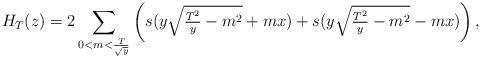
LaTeX: \begin{align*}H_T(z)=2\sum_{0<m< \frac{T}{\sqrt{y}}}\left(s(y\sqrt{\tfrac{T^2}{y}-m^2}+mx)+s(y\sqrt{\tfrac{T^2}{y}-m^2}-mx)\right),\end{align*}